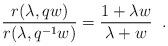
LaTeX: \begin{align*}\frac{r(\lambda, qw)}{r(\lambda, q^{-1}w)} = \frac{1+ \lambda w}{ \lambda +w} \;\;.\end{align*}